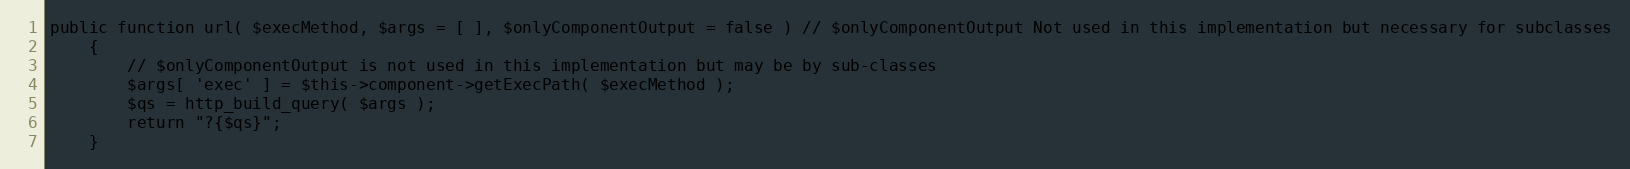
Language: PHP
public function url( $execMethod, $args = [ ], $onlyComponentOutput = false ) // $onlyComponentOutput Not used in this implementation but necessary for subclasses
    {
        // $onlyComponentOutput is not used in this implementation but may be by sub-classes
        $args[ 'exec' ] = $this->component->getExecPath( $execMethod );
        $qs = http_build_query( $args );
        return "?{$qs}";
    }